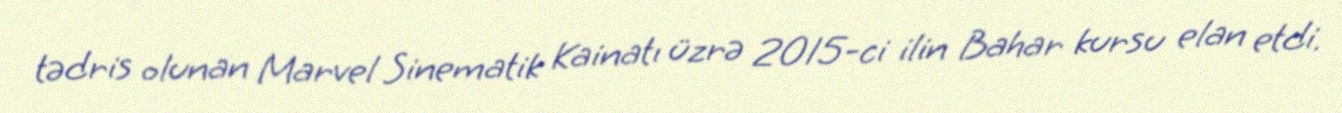
tədris olunan Marvel Sinematik Kainatı üzrə 2015-ci ilin Bahar kursu elan etdi.